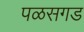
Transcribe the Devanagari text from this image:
पळसगड